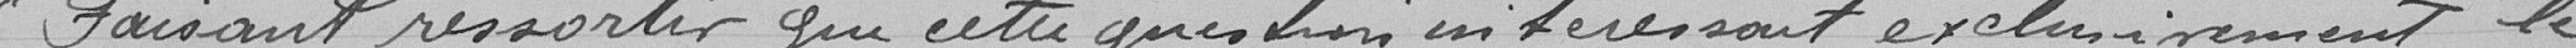
Faisant ressortir que cette question intéressait exclusivement le